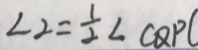
\angle 2 = \frac { 1 } { 2 } \angle C Q P (